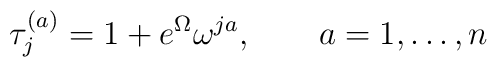
\tau _j^{(a)}=1+e^\Omega \omega ^{ja},~~~~~~a=1,\dots ,n